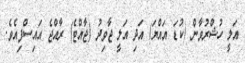
އަލީ ހުޝްރުވާން (ކުޑަ އައްޔަ) އަދި އަލީ ޖާވިދު (ޖާއްޓެ) ރާއްޖެ އައިސްފިއެވެ.